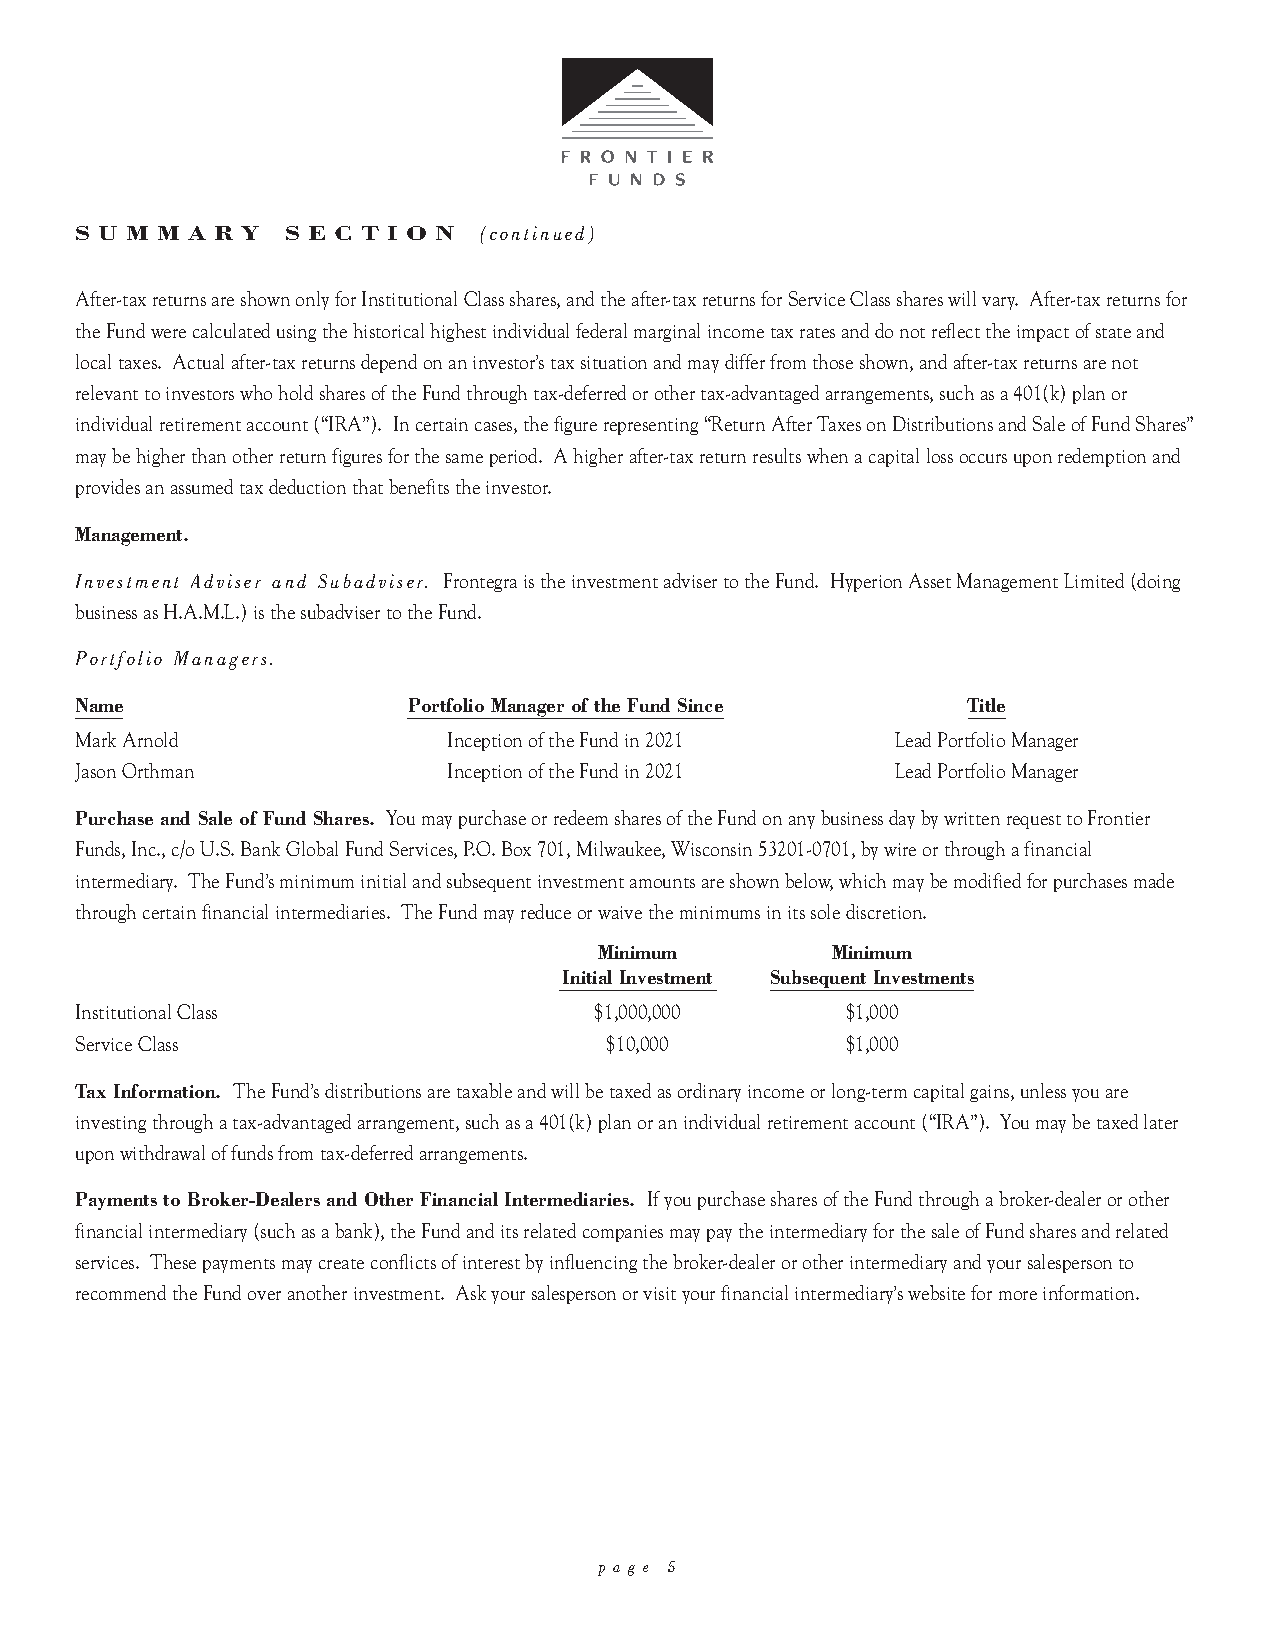
S U M M A R Y S E C T I O N (continued)
 After-tax returns are shown only for Institutional Class shares, and the after-tax returns for Service Class shares will vary. After-tax returns for
 the Fund were calculated using the historical highest individual federal marginal income tax rates and do not reflect the impact of state and
 local taxes. Actual after-tax returns depend on an investor’s tax situation and may differ from those shown, and after-tax returns are not
 relevant to investors who hold shares of the Fund through tax-deferred or other tax-advantaged arrangements, such as a 401(k) plan or
 individual retirement account (“IRA”). In certain cases, the figure representing “Return After Taxes on Distributions and Sale of Fund Shares”
 may be higher than other return figures for the same period. A higher after-tax return results when a capital loss occurs upon redemption and
 provides an assumed tax deduction that benefits the investor.
 Management.
 Investment Adviser and Subadviser. Frontegra is the investment adviser to the Fund. Hyperion Asset Management Limited (doing
 business as H.A.M.L.) is the subadviser to the Fund.
 Portfolio Managers.
 N__a_m__e             _P_o_r_t_fo_l_io__ M__a_n_a_g_e_r_ _o_f _t_h_e_ F__u_n_d_ _S_in_c_e_ T__it_l_e
 Mark Arnold              Inception of the Fund in 2021 Lead Portfolio Manager
 Jason Orthman            Inception of the Fund in 2021 Lead Portfolio Manager
 Purchase and Sale of Fund Shares. You may purchase or redeem shares of the Fund on any business day by written request to Frontier
 Funds, Inc., c/o U.S. Bank Global Fund Services, P.O. Box 701, Milwaukee, Wisconsin 53201-0701, by wire or through a financial
 intermediary. The Fund’s minimum initial and subsequent investment amounts are shown below, which may be modified for purchases made
 through certain financial intermediaries. The Fund may reduce or waive the minimums in its sole discretion.
 Minimum        Minimum
 _I_n_it_i_a_l _I_n_v_e_s_t_m_e_n_t_ S__u_b_s_e_q_u_e_n_t_ _In__v_e_st_m__e_n_t_s
 Institutional Class               $1,000,000       $1,000
 Service Class                      $10,000         $1,000
 Tax Information. The Fund’s distributions are taxable and will be taxed as ordinary income or long-term capital gains, unless you are
 investing through a tax-advantaged arrangement, such as a 401(k) plan or an individual retirement account (“IRA”). You may be taxed later
 upon withdrawal of funds from tax-deferred arrangements.
 Payments to Broker-Dealers and Other Financial Intermediaries. If you purchase shares of the Fund through a broker-dealer or other
 financial intermediary (such as a bank), the Fund and its related companies may pay the intermediary for the sale of Fund shares and related
 services. These payments may create conflicts of interest by influencing the broker-dealer or other intermediary and your salesperson to
 recommend the Fund over another investment. Ask your salesperson or visit your financial intermediary’s website for more information.
 p a g e 5